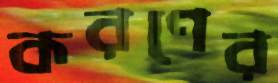
করণের